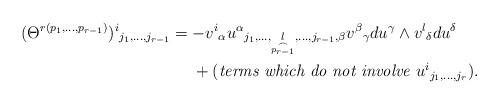
LaTeX: \begin{align*}(\Theta^{r(p_1,\ldots,p_{r-1})})^i{}_{j_1,\ldots,j_{r-1}}&=-v^i{}_\alpha u^\alpha{}_{j_1,\ldots,\underset{\stackrel{\frown}{p_{r-1}}}{l},\ldots,j_{r-1},\beta}v^\beta{}_\gamma du^\gamma\wedge v^l{}_\delta du^\delta\\*&\hphantom{{}={}}+(\textit{terms which do not involve $u^i{}_{j_1,\ldots,j_r}$}).\end{align*}